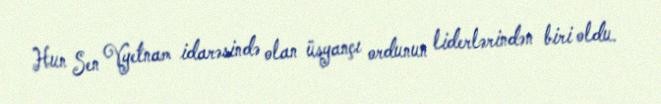
Hun Sen Vyetnam idarəsində olan üsyançı ordunun liderlərindən biri oldu.